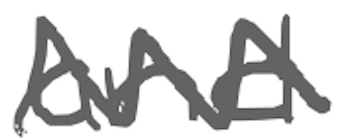
Text: and
Cross-out: mix
Writing tool: digital_gray